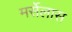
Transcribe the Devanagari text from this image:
मर्सेलास